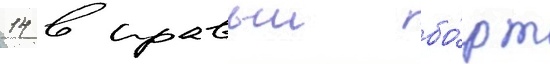
14 в правыи бо́рт